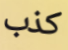
كذب